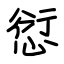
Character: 愆